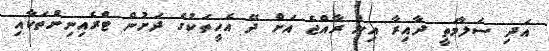
އަދި ސަލާމަތީ ދާއިރާ އިން ރާއްޖެ އަށް ދޭ އެހީތަކުގެ ދަށުން ޓްރެއިނިންތަކާއި